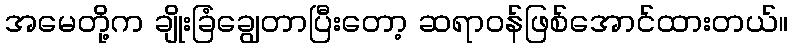
အမေတို့က ချိုးခြံချွေတာပြီးတော့ ဆရာဝန်ဖြစ်အောင်ထားတယ်။